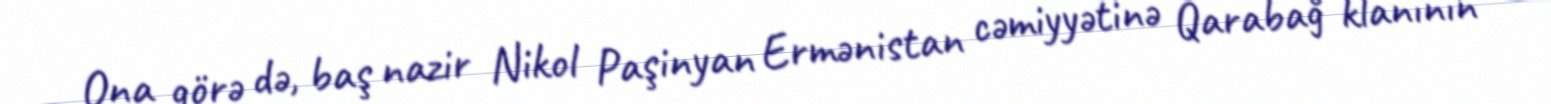
Ona görə də, baş nazir Nikol Paşinyan Ermənistan cəmiyyətinə Qarabağ klanının